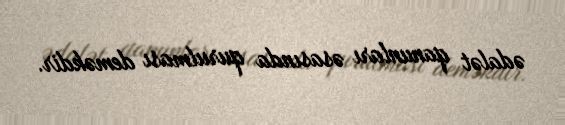
ədalət qanunları əsasında qurulması deməkdir.